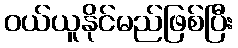
ဝယ်ယူနိုင်မည်ဖြစ်ပြီး